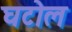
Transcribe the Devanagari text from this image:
घटोल